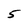
Character: 5